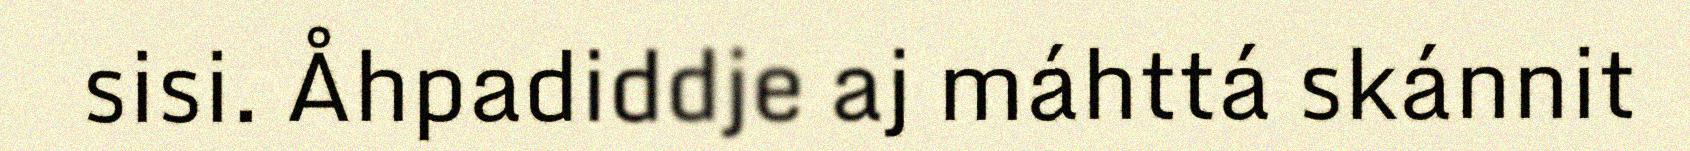
sisi. Åhpadiddje aj máhttá skánnit